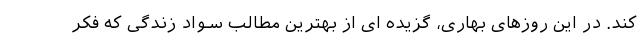
کند. در این روزهای بهاری، گزیده ای از بهترین مطالب سواد زندگی که فکر